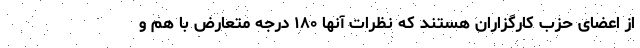
از اعضای حزب کارگزاران هستند که نظرات آنها ۱۸۰ درجه متعارض با هم و